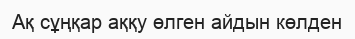
Ақ сұңқар аққу өлген айдын көлден